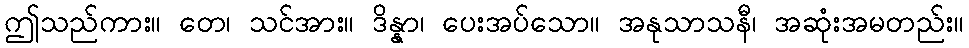
ဤသည်ကား။ တေ၊ သင်အား။ ဒိန္နာ၊ ပေးအပ်သော။ အနုသာသနီ၊ အဆုံးအမတည်း။